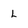
Character: l